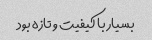
بسیار با کیفیت و تازه بود